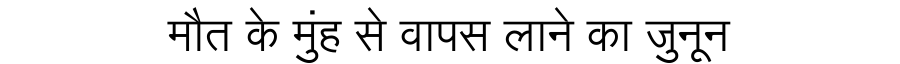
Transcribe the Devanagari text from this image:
मौत के मुंह से वापस लाने का जुनून